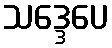
သဒ္ဒေပေ